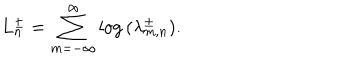
L _ { n } ^ { \pm } = \sum _ { m = - \infty } ^ { \infty } \log \, ( \lambda _ { m , n } ^ { \pm } ) .